Leaving Certificate Examination, 1905
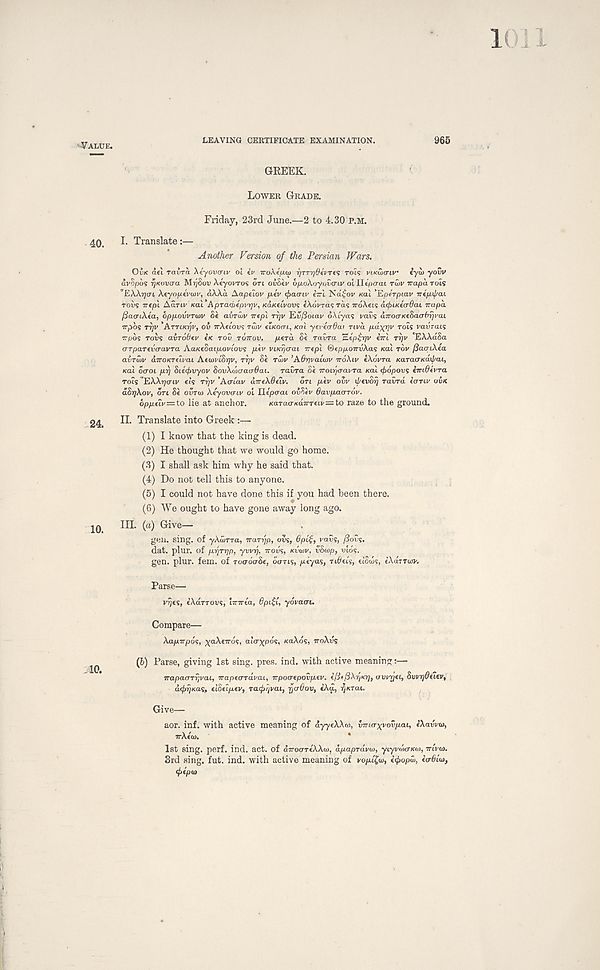
-VALUE.
LEAVING CERTIFICATE EXAMINATION.
965
GREEK.
LOWER GRADE.
Friday, 23rd June.—2 to 4.30 P.M.
40.
I. Translate:—
Another Version of the Persian Wars.
Ovic det ravra Atyovow oi iv TroAfuco r/TTrj6ti'T(<; rot? vi.Kwcnv iyu) yovv
dvopos f)Kov<ra MrjSov Aeyovros ort ovdku 6/xoAoyov<rtv olllepa-ai rwv Trapa rols
''EAAijcrt AtyopcVau', dAAd Aapsloi/ p-iv tfuicnv i~l Nd^ov Kai 'Epirpiav ntpipai
Toils irep'i Aanv KOI’ A pTticbepvrjv, KaKeivovs (Aovras ras irdAets dcfriKecrOai mi pa
(jacriXia, dppovvroiv Si avrwv ire pi rr/t/ Ei/Soiai/ d Aiyas vavs dirocrKtSacrbfii'ai
Trpbs rrjv ATTLK^V, OV irAfiovs TWV tiKOcri. Kill y^virrOai nva pd^riv rocs vavrais
Trpbs roiis avrobtv IK TOO TOTTOU. /aerd St ravra "B.tp^rjv iirl Tt)v 'EAAdSa
(TTpaTevaavTa AaKeSaipovLovs p'fv viKr/aai Trtpl &epponvXas Kal TOV fiaaiXta
avTwv diroKTth'ai AtwvtS^v, rrjv Se Taiv ’Adrji/atW TTOXIV eXovra KaracrKaif/aL,
Kal otroi /xi) SUifivyov SovXwaaaOai. ravra Si Troir/aavra Kal <f>6povs imOivra
rots ’EAA^crtv e/’s T^i/ Aatav aTreXOeiv.
on piv ovv il/evorj Tavrd tonv OVK
a8r]Xov, on Si OVTOI Aeyovo-tv ot Ilepo-at oiSev Oavpaarov.
opp(iv=to lie at anchor.
KaTaa-KairreLv—to raze to the ground.
24
II. Translate into Greek :—
(1) I know that the king is dead.
(2) He thought that we would go home.
(3) I shall ask him why he said that.
(4) Do not tell this to anyone.
(5) I could not have done this if you had been there.
(6) We ought to have gone away long ago.
10i
III. (a) Give—
geu. sing, of yAu/rra, Trarijp, ovs, 6pLE, vavs, /3ois.
dat. plur. of prjTrjp, yvvrj, TTOUS, KVWV, vSiop, mo's.
gen. plur. fern, of ToaoaSe, oarts, peyas, Tibet's, etotos, tAaTTwr.
Parse—
vyjts, cXarrovs, irnria, Opiii, yovaai.
Compare—
Xap-rtpos, ^aAeTrds, alcrypds, KaXos, iroXvs
^
(6) Parse, giving 1st sing. pres. ind. with active meaning:—
irapacrrrpai, iraptaTavai, Trpoaepovptv. e’/i«/3Ar)ioj, uwrjtL, Swrjddev,
d<J>rjKas, tiouptv, Tatjirpai, rt (x6ov, iXa, rj/trai.
Give—
aor. inf. with active meaning of ayyeXXw, xnriayyovpai. (Xavvui,
irXfti).
1st sing. perf. ind. act. of avroaTeXXo), dpapravui, yiyvo'io-Kto, mi'd).
3rd sing. fut. ind. with active meaning of vopu£o>, t^opw, iaOiut,
<t>(p<a